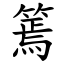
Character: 篶